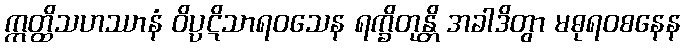
ဣတ္ထိသဟဿာနံ ဝိပ္ပဋိသာရဝသေန ရက္ခိတုန္တိ အခါဒိတွာ မဓုရဝစနေန